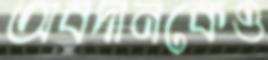
অবদানকেও